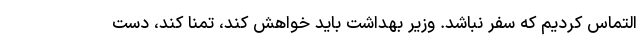
التماس کردیم که سفر نباشد. وزیر بهداشت باید خواهش کند، تمنا کند، دست